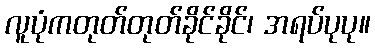
လူပုံကတုတ်တုတ်ခိုင်ခိုင်၊ အရပ်ပုပု။